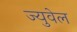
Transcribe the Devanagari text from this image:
ज्युवेल